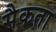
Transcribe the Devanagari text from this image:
सैकता